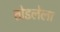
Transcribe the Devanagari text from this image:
तोडलेला